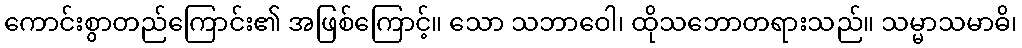
ကောင်းစွာတည်ကြောင်း၏ အဖြစ်ကြောင့်။ သော သဘာဝေါ၊ ထိုသဘောတရားသည်။ သမ္မာသမာဓိ၊